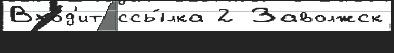
Вхо́д'ит ссы́лка 2 Заволжск